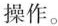
操作。